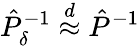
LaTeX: \hat{P}_{\delta}^{-1}\overset{d}{\approx}\hat{P}^{-1}